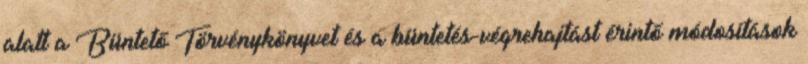
alatt a Büntető Törvénykönyvet és a büntetés-végrehajtást érintő módosítások